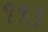
૧૧૩